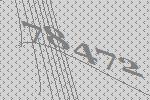
78472